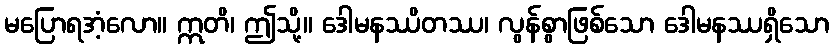
မပြောရအံ့လော။ ဣတိ၊ ဤသို့။ ဒေါမနဿိတဿ၊ လွန်စွာဖြစ်သော ဒေါမနဿရှိသော